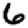
Digit: 6